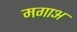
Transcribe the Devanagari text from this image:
मगाअ